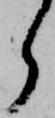
ら